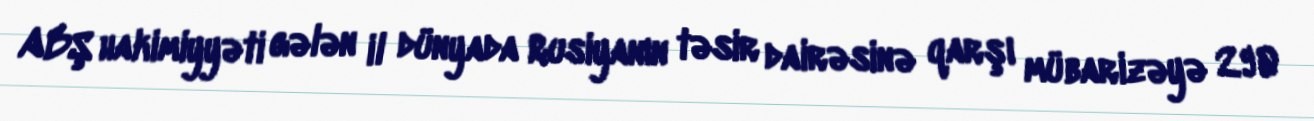
ABŞ hakimiyyəti gələn il dünyada Rusiyanın təsir dairəsinə qarşı mübarizəyə 290